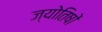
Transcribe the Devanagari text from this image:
ज्योतिषों